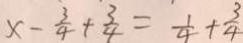
x - \frac { 3 } { 4 } + \frac { 3 } { 4 } = \frac { 1 } { 4 } + \frac { 3 } { 4 }